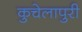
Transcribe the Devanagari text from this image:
कुचेलापुरी